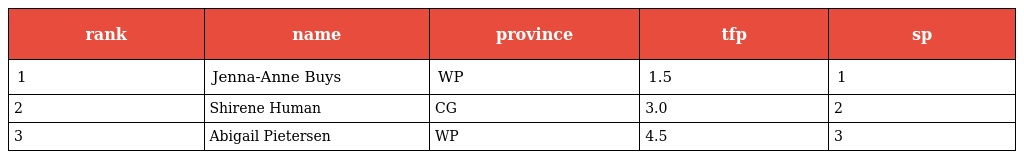
| rank | name | province | tfp | sp |
 | --- | --- | --- | --- | --- |
 | 1 | Jenna-Anne Buys | WP | 1.5 | 1 |
 | 2 | Shirene Human | CG | 3.0 | 2 |
 | 3 | Abigail Pietersen | WP | 4.5 | 3 |